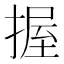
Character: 握